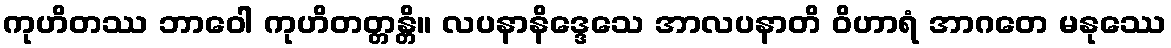
ကုဟိတဿ ဘာဝေါ ကုဟိတတ္တန္တိ။ လပနာနိဒ္ဒေသေ အာလပနာတိ ဝိဟာရံ အာဂတေ မနုဿေ